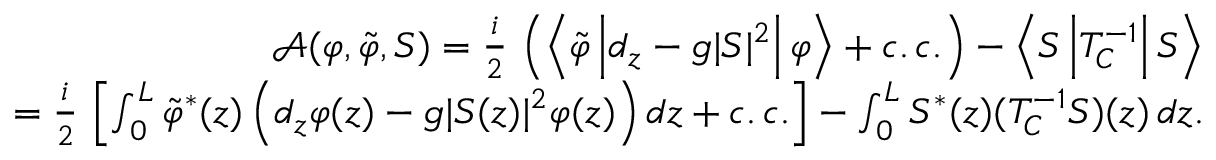
\begin{array} { r l r } & { } & { \mathcal { A } ( \varphi , \tilde { \varphi } , S ) = \frac { i } { 2 } \, \left( \left\langle \tilde { \varphi } \left\vert d _ { z } - g \vert S \vert ^ { 2 } \right\vert \varphi \right\rangle + c . \, c . \right) - \left\langle S \left\vert T _ { C } ^ { - 1 } \right\vert S \right\rangle } \\ & { } & { = \frac { i } { 2 } \, \left\lbrack \int _ { 0 } ^ { L } \tilde { \varphi } ^ { \ast } ( z ) \left( d _ { z } \varphi ( z ) - g \vert S ( z ) \vert ^ { 2 } \varphi ( z ) \right) d z + c . \, c . \right\rbrack - \int _ { 0 } ^ { L } S ^ { \ast } ( z ) ( T _ { C } ^ { - 1 } S ) ( z ) \, d z . } \end{array}